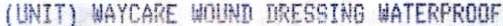
(UNIT) WAYCARE WOUND DRESSING WATERPROOF